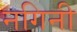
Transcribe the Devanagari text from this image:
नगिनी